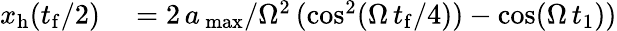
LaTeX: \begin{array}{rl}{x_{\mathrm{h}}(t_{\mathrm{f}}/2)}&{{}=2\, a\, _{\mathrm{max}}/\Omega^{2}\, (\cos^{2}(\Omega\, t_{\mathrm{f}}/4))-\cos(\Omega\, t_{1}))}\end{array}